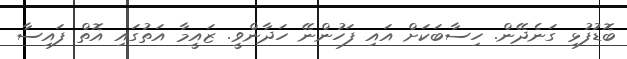
ބޮޑުފުޅި ގަނެދޭން. ހިސާބަކަށް އައި ފަހުންނޭ ހަދާންވީ. ޒައީމާ އަތުގައި އޮތް ފައިސާ